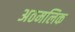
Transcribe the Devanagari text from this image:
अठमलिक